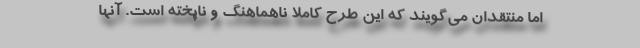
اما منتقدان می‌گویند که این طرح کاملا ناهماهنگ و ناپخته است. آنها